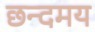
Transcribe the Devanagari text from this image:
छन्दमय